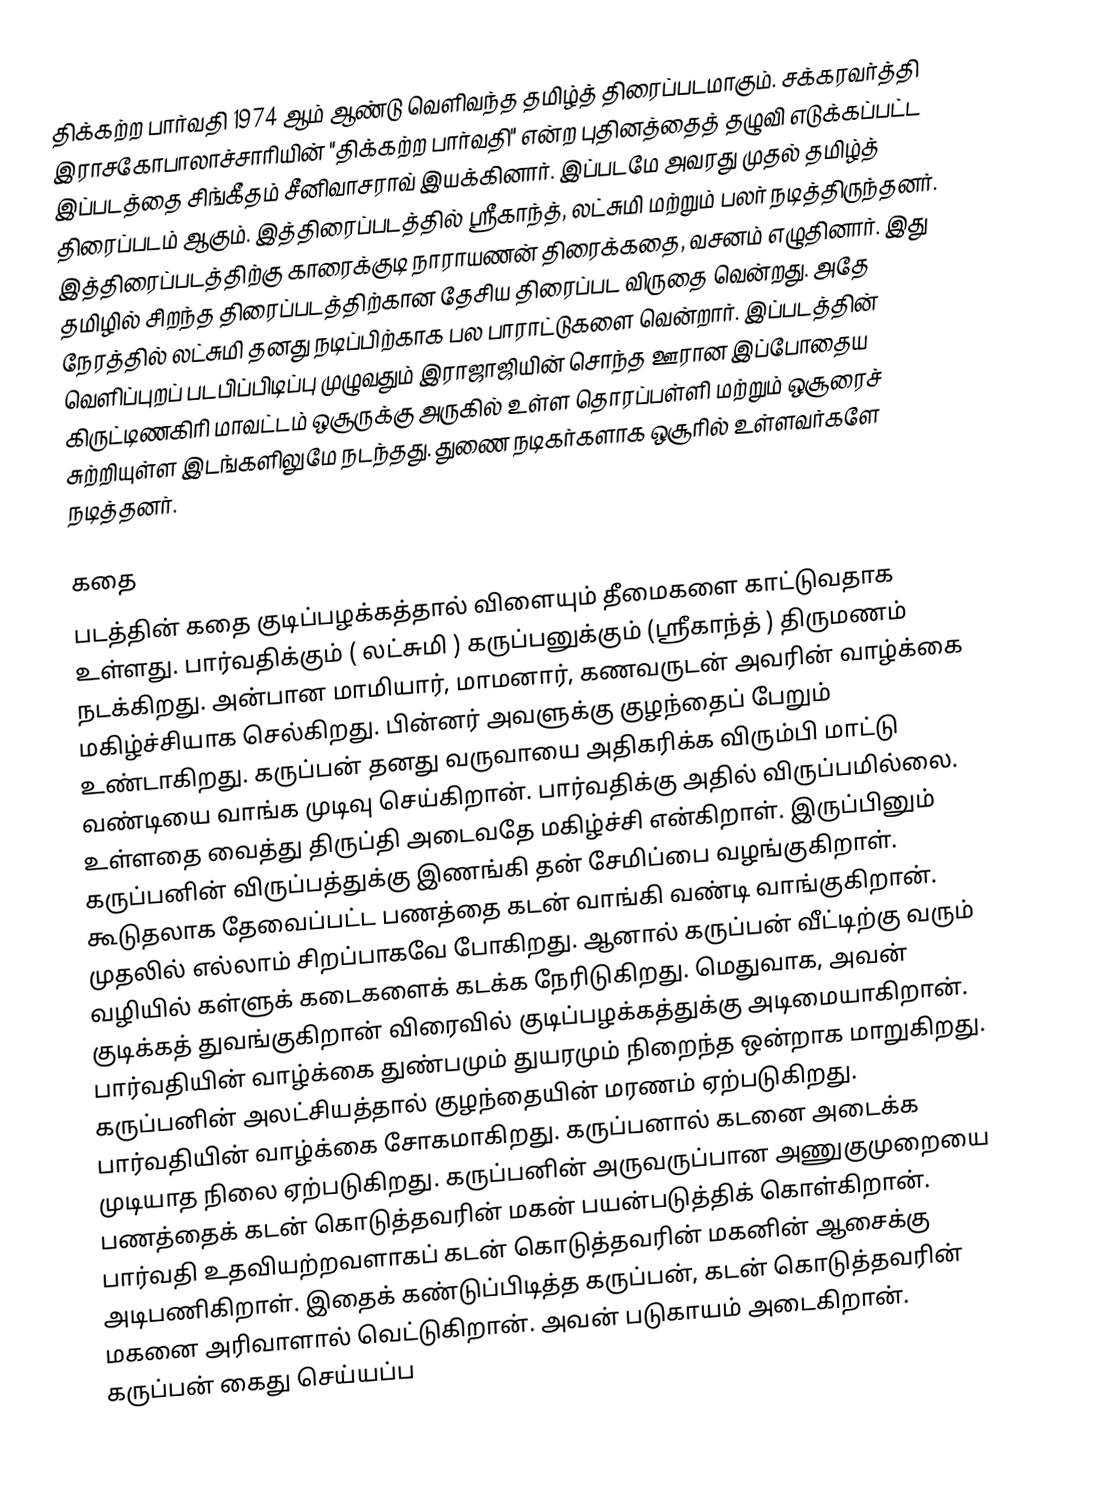
திக்கற்ற பார்வதி 1974 ஆம் ஆண்டு வெளிவந்த தமிழ்த் திரைப்படமாகும்.  சக்கரவர்த்தி இராசகோபாலாச்சாரியின் "திக்கற்ற பார்வதி" என்ற புதினத்தைத் தழுவி எடுக்கப்பட்ட இப்படத்தை சிங்கீதம் சீனிவாசராவ்  இயக்கினார். இப்படமே அவரது முதல் தமிழ்த் திரைப்படம் ஆகும். இத்திரைப்படத்தில் ஸ்ரீகாந்த், லட்சுமி மற்றும் பலர் நடித்திருந்தனர். இத்திரைப்படத்திற்கு காரைக்குடி நாராயணன் திரைக்கதை, வசனம் எழுதினார். இது தமிழில் சிறந்த திரைப்படத்திற்கான தேசிய திரைப்பட விருதை வென்றது. அதே நேரத்தில் லட்சுமி தனது நடிப்பிற்காக பல பாராட்டுகளை வென்றார். இப்படத்தின் வெளிப்புறப் படபிப்பிடிப்பு முழுவதும் இராஜாஜியின் சொந்த ஊரான இப்போதைய கிருட்டிணகிரி மாவட்டம் ஒசூருக்கு அருகில் உள்ள தொரப்பள்ளி மற்றும் ஒசூரைச் சுற்றியுள்ள இடங்களிலுமே நடந்தது. துணை நடிகர்களாக ஒசூரில் உள்ளவர்களே நடித்தனர்.

கதை
படத்தின் கதை குடிப்பழக்கத்தால் விளையும் தீமைகளை காட்டுவதாக உள்ளது. பார்வதிக்கும் ( லட்சுமி ) கருப்பனுக்கும் (ஸ்ரீகாந்த் ) திருமணம் நடக்கிறது. அன்பான மாமியார், மாமனார், கணவருடன் அவரின் வாழ்க்கை மகிழ்ச்சியாக செல்கிறது. பின்னர் அவளுக்கு குழந்தைப் பேறும் உண்டாகிறது. கருப்பன் தனது வருவாயை அதிகரிக்க விரும்பி மாட்டு வண்டியை வாங்க முடிவு செய்கிறான். பார்வதிக்கு அதில் விருப்பமில்லை. உள்ளதை வைத்து திருப்தி அடைவதே மகிழ்ச்சி என்கிறாள். இருப்பினும் கருப்பனின் விருப்பத்துக்கு இணங்கி தன் சேமிப்பை வழங்குகிறாள். கூடுதலாக தேவைப்பட்ட பணத்தை கடன் வாங்கி வண்டி வாங்குகிறான். முதலில் எல்லாம் சிறப்பாகவே போகிறது. ஆனால் கருப்பன் வீட்டிற்கு வரும் வழியில் கள்ளுக் கடைகளைக் கடக்க நேரிடுகிறது. மெதுவாக, அவன் குடிக்கத் துவங்குகிறான் விரைவில் குடிப்பழக்கத்துக்கு அடிமையாகிறான். பார்வதியின் வாழ்க்கை துண்பமும் துயரமும் நிறைந்த ஒன்றாக மாறுகிறது. கருப்பனின் அலட்சியத்தால் குழந்தையின் மரணம் ஏற்படுகிறது. பார்வதியின் வாழ்க்கை சோகமாகிறது. கருப்பனால் கடனை அடைக்க முடியாத நிலை ஏற்படுகிறது. கருப்பனின் அருவருப்பான அணுகுமுறையை பணத்தைக் கடன் கொடுத்தவரின் மகன் பயன்படுத்திக் கொள்கிறான். பார்வதி உதவியற்றவளாகப் கடன் கொடுத்தவரின் மகனின் ஆசைக்கு அடிபணிகிறாள். இதைக் கண்டுப்பிடித்த கருப்பன், கடன் கொடுத்தவரின் மகனை அரிவாளால் வெட்டுகிறான். அவன் படுகாயம் அடைகிறான். கருப்பன் கைது செய்யப்ப